Annual administration report of the Civil Veterinary Department of India - 1896-1897
Year: 1896
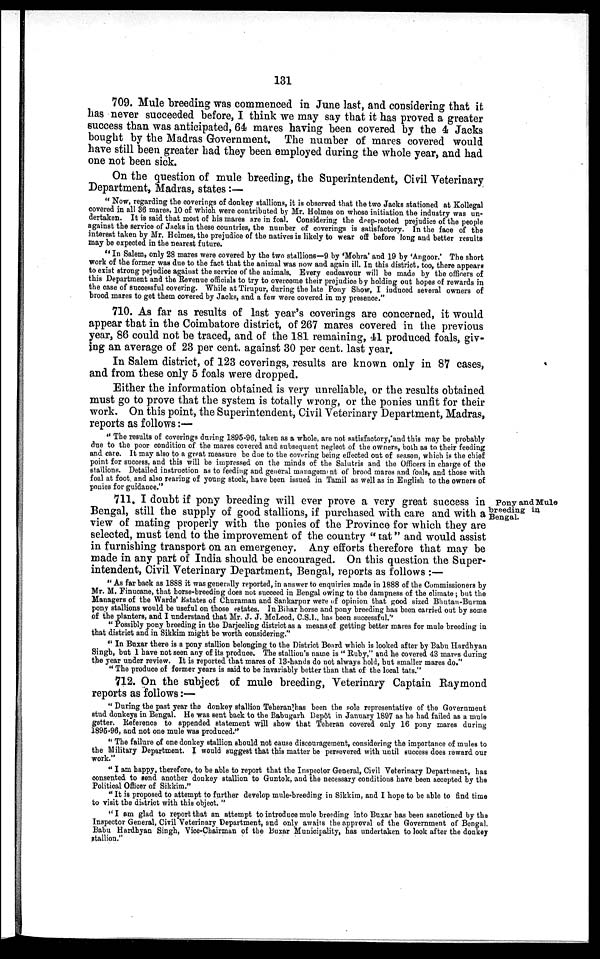
131
709. Mule breeding was commenced in June last, and considering that it
has never succeeded before, I think we may say that it has proved a greater
success than was anticipated, 64 mares having been covered by the 4 Jacks
bought by the Madras Government. The number of mares covered would
have still been greater had they been employed during the whole year, and had
one not been sick.
On the question of mule breeding, the Superintendent, Civil Veterinary
Department, Madras, states :—
"Now, regarding the coverings of donkey stallions, it is observed that the two Jacks stationed at Kollegal
covered in all 36 mares, 10 of which were contributed by Mr. Holmes on whose initiation the industry was un-
dertaken. It is said that most of his mares are in foal. Considering the deep-rooted prejudics of the people
against the service of Jacks in these countries, the number of coverings is satisfactory. In the face of the
interest taken by Mr. Holmes, the prejudice of the natives is likely to wear off before long and better results
may be expected in the nearest future.
"In Salem, only 28 mares were covered by the two stallions—9 by 'Mohra' and 19 by 'Angoor.' The short
work of the former was due to the fact that the animal was now and again ill. In this district, too, there appears
to exist strong pejudice against the service of the animals. Every endeavour will be made by the officers of
this Department and the Revenue officials to try to overcome their prejudice by holding out hopes of rewards in
the case of successful covering. While at Tirupur, during the late Pony Show, I induced several owners of
brood mares to get them covered by Jacks, and a few were covered in my presence."
710. As far as results of last year's coverings are concerned, it would
appear that in the Coimbatore district, of 267 mares covered in the previous
year, 86 could not be traced, and of the 181 remaining, 41 produced foals, giv-
ing an average of 23 per cent. against 30 per cent. last year.
In Salem district, of 123 coverings, results are known only in 87 cases,
and from these only 5 foals were dropped.
Either the information obtained is very unreliable, or the results obtained
must go to prove that the system is totally wrong, or the ponies unfit for their
work. On this point, the Superintendent, Civil Veterinary Department, Madras,
reports as follows:—
"The results of coverings during 1895-96, taken as a whole, are not satisfactory, and this may be probably
due to the poor condition of the mares covered and subsequent neglect of the owners, both as to their feeding
and care. It may also to a great measure be due to the covering being effected out of season, which is the chief
point for success, and this will be impressed on the minds of the Salutris and the Officers in charge of the
stallions. Detailed instruction as to feeding and general management of brood mares and foals, and those with
foal at foot and also rearing of young stock, have been issued in Tamil as well as in English to the owners of
ponies for guidance."
Pony and Mule
breeding in
Bengal.
711. I doubt if pony breeding will ever prove a very great success in
Bengal, still the supply of good stallions, if purchased with care and with a
view of mating properly with the ponies of the Province for which they are
selected, must tend to the improvement of the country "tat" and would assist
in furnishing transport on an emergency. Any efforts therefore that may be
made in any part of India should be encouraged. On this question the Super-
intendent, Civil Veterinary Department, Bengal, reports as follows :—
"As far back as 1888 it was generally reported, in answer to enquiries made in 1888 of the Commissioners by
Mr. M. Finucane, that horse-breeding does not succeed in Bengal owing to the dampness of the climate; but the
Managers of the Wards' Estates of Churaman and Sankarpur were of opinion that good sized Bhutan-Burma
pony stallions would be useful on those estates. In Bihar horse and pony breeding has been carried out by some
of the planters, and I understand that Mr. J. J. McLeod, C.S.I., has been successful.''
"Possibly pony breeding in the Darjeeling district as a means of getting better mares for mule breeding in
that district and in Sikkim might be worth considering."
"In Buxar there is a pony stallion belonging to the District Board which is looked after by Babu Hardhyan
Singh, but 1 have not seen any of its produce. The stallion's name is "Ruby," and he covered 48 mares during
the year under review. It is reported that mares of 13-hands do not always hold, but smaller mares do."
" The produce of former years is said to be invariably better than that of the local tats."
712. On the subject of mule breeding, Veterinary Captain Raymond
reports as follows:—
" During the past year the donkey stallion Teheran' has been the sole representative of the Government
stud donkeys in Bengal. He was sent back to the Babugarh Depôt in January 1897 as he had failed as a mule
getter. Reference to appended statement will show that Teheran covered only 16 pony mares during
1895-96, and not one mule was produced."
" The failure of one donkey stallion should not cause discouragement, considering the importance of mules to
the Military Department. I would suggest that this matter be persevered with until success does reward our
work."
" I am happy, therefore, to be able to report that the Inspector General, Civil Veterinary Department, has
consented to send another donkey stallion to Guntok, and the necessary conditions have been accepted by the
Political Officer of Sikkim."
" It is proposed to attempt to further develop mule-breeding in Sikkim, and I hope to be able to find time
to visit the district with this object."
" I am glad to report that an attempt to introduce mule breeding into Buxar has been sanctioned by the
Inspector General, Civil Veterinary Department, and only awaits the approval of the Government of Bengal.
Babu Hardhyan Singh, Vice-Chairman of the Buxar Municipality, has undertaken to look after the donkey
stallion."